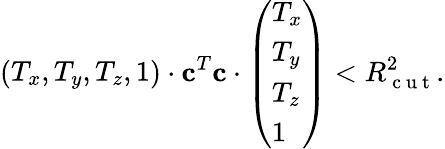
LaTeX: \left(\begin{array}{l}{T_{x},T_{y},T_{z},1}\end{array}\right)\cdot\mathbf{c}^{T}\mathbf{c}\cdot\left(\begin{array}{l}{T_{x}}\\ {T_{y}}\\ {T_{z}}\\ {1}\end{array}\right)<R_{\mathrm{~c~u~t~}}^{2}.